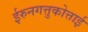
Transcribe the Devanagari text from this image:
ईरुनगत्तुकोत्ताई